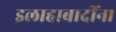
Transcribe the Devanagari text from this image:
इलाहाबादींना